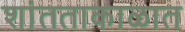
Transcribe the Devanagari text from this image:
शांतताकाळात